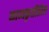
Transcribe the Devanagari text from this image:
काव्यकृतींतील